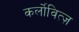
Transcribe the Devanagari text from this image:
कर्लोवित्ज़